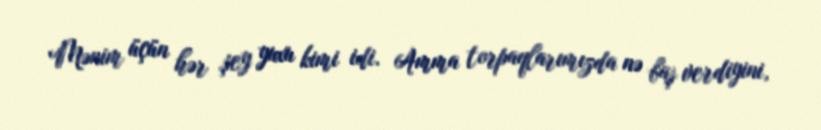
Mənim üçün hər şey yuxu kimi idi. Amma torpaqlarımızda nə baş verdiyini,